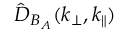
\hat { D } _ { B _ { A } } ( k _ { \perp } , k _ { \parallel } )